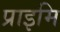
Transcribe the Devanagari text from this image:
प्राइमि